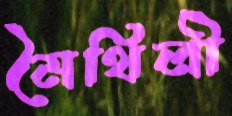
মৈথিলী